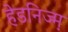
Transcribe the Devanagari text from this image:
हेडनिज्म़